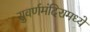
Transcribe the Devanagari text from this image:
सुवर्णमंदिरामध्ये